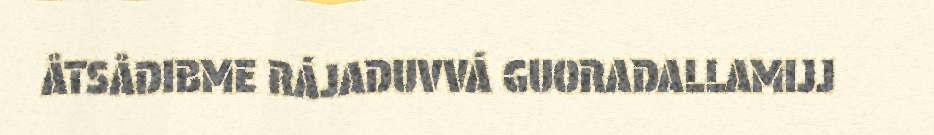
ÅTSÅDIBME RÁJADUVVÁ GUORADALLAMIJJ